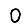
Digit: 0